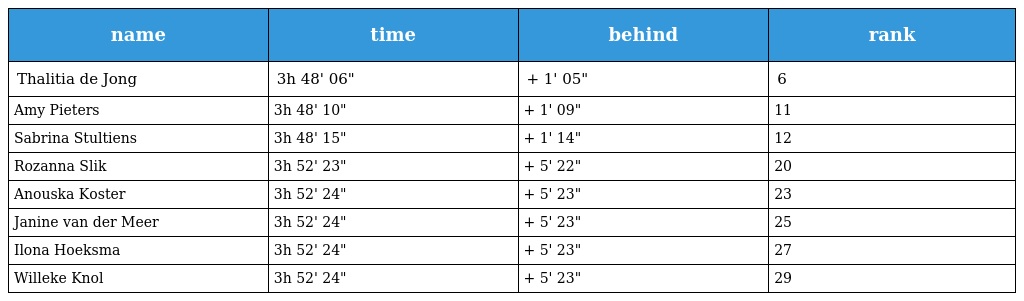
| name | time | behind | rank |
 | --- | --- | --- | --- |
 | Thalitia de Jong | 3h 48' 06" | + 1' 05" | 6 |
 | Amy Pieters | 3h 48' 10" | + 1' 09" | 11 |
 | Sabrina Stultiens | 3h 48' 15" | + 1' 14" | 12 |
 | Rozanna Slik | 3h 52' 23" | + 5' 22" | 20 |
 | Anouska Koster | 3h 52' 24" | + 5' 23" | 23 |
 | Janine van der Meer | 3h 52' 24" | + 5' 23" | 25 |
 | Ilona Hoeksma | 3h 52' 24" | + 5' 23" | 27 |
 | Willeke Knol | 3h 52' 24" | + 5' 23" | 29 |